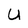
Character: U